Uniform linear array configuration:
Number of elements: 16
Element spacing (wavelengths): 0.75
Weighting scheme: kaiser
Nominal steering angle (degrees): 15
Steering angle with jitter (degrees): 16.752
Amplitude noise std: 0.05
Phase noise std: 0.05

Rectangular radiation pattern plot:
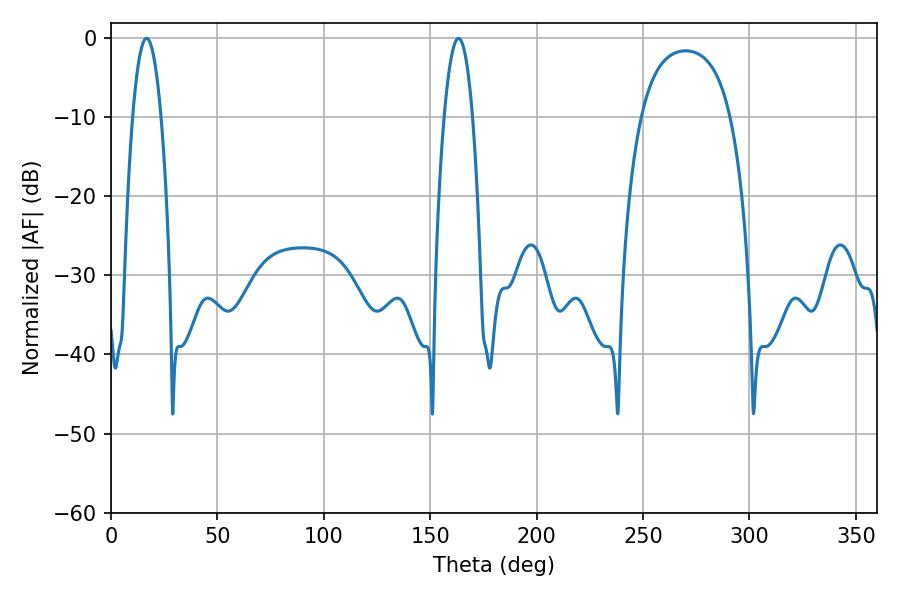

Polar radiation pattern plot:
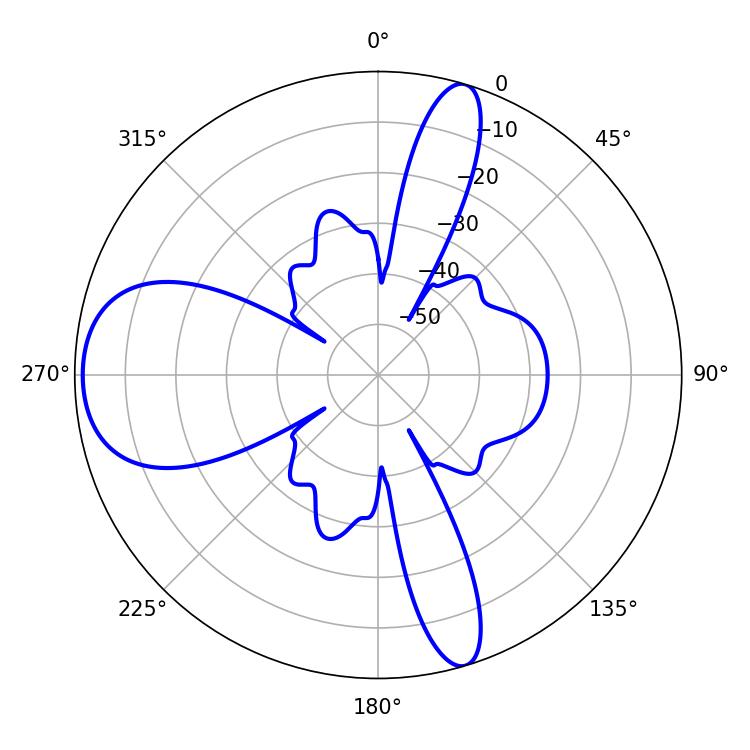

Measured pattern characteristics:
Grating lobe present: TRUE
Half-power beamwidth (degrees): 7.2
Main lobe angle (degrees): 16.74